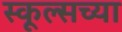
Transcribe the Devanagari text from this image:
स्कूल्सच्या